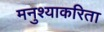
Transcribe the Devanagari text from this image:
मनुश्याकरिता